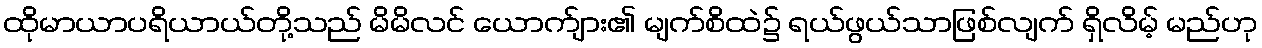
ထိုမာယာပရိယာယ်တို့သည် မိမိလင် ယောက်ျား၏ မျက်စိထဲ၌ ရယ်ဖွယ်သာဖြစ်လျက် ရှိလိမ့် မည်ဟု